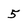
Character: 5